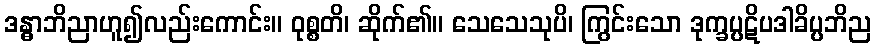
ဒန္ဓာဘိညာဟူ၍လည်းကောင်း။ ဝုစ္စတိ၊ ဆိုက်၏။ သေသေသုပိ၊ ကြွင်းသော ဒုက္ခပ္ပဋိပဒါခိပ္ပဘိည